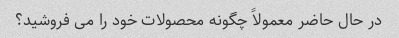
در حال حاضر معمولاً چگونه محصولات خود را می فروشید؟